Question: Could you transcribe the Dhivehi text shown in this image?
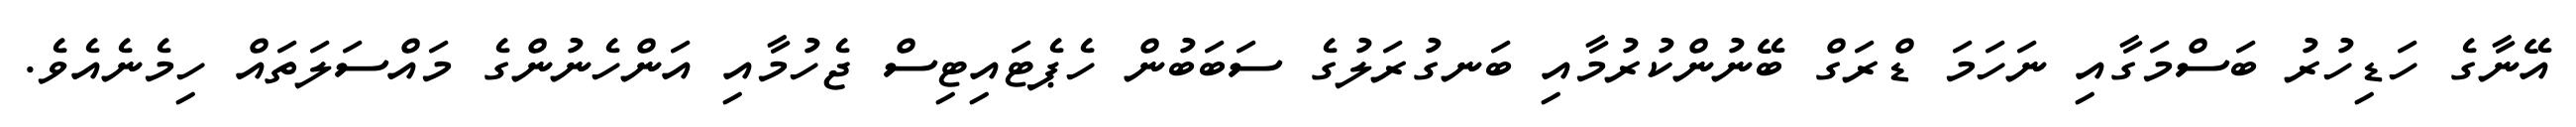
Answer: އޭނާގެ ހަޑިހުރު ބަސްމަގާއި ނަހަމަ ޑްރަގް ބޭނުންކުރުމާއި ބަނގުރަލުގެ ސަބަބުން ހެޕެޓައިޓިސް ޖެހުމާއި އަންހެނުންގެ މައްސަލަތައް ހިމެނެއެވެ.